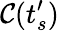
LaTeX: \mathcal{C}(t_{s}^{\prime})